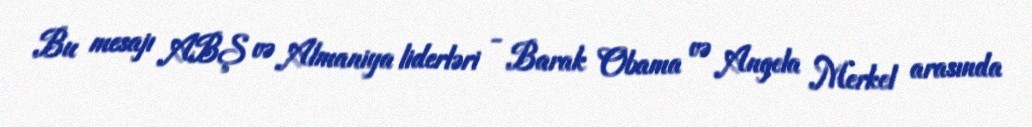
Bu mesajı ABŞ və Almaniya liderləri - Barak Obama və Angela Merkel arasında